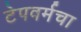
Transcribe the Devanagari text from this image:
टेपवर्मचा